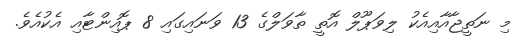
މި ނަތީޖާއާއިއެކު ލިވަޕޫލް އޮތީ ތާވަލްގެ 13 ވަނައިގައި 8 ޕޮއިންޓާއި އެކުއެވެ.